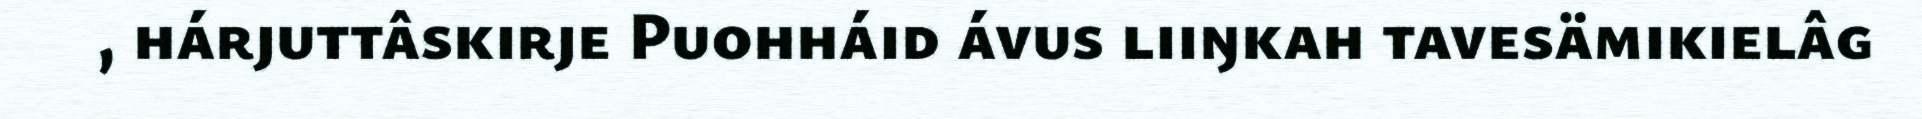
, hárjuttâskirje Puohháid ávus liiŋkah tavesämikielâg